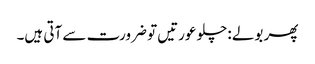
پھر بولے :چلو عورتیں تو ضرورت سے آتی ہیں۔